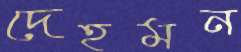
দেহমন